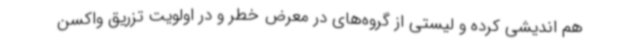
هم اندیشی کرده و لیستی از گروه‌های در معرض خطر و در اولویت تزریق واکسن